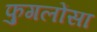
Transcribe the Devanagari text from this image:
फुगलोंसा